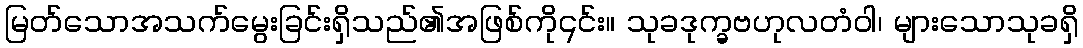
မြတ်သောအသက်မွေးခြင်းရှိသည်၏အဖြစ်ကို၎င်း။ သုခဒုက္ခဗဟုလတံဝါ၊ များသောသုခရှိ